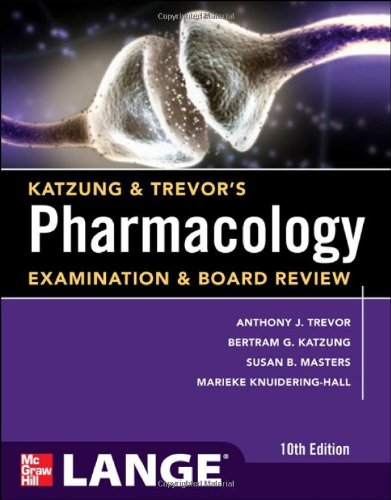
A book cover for Katzung & Trevor's Pharmacology Examination and Board Review,10th Edition (Katzung & Trevor's Pharmacology Examination & Board Review); Anthony Trevor; Medical Books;